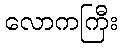
လောကကြီး